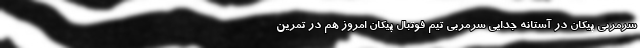
سرمربی پیکان در آستانه جدایی سرمربی تیم فوتبال پیکان امروز هم در تمرین